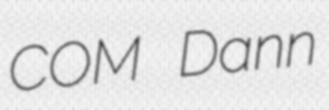
COM Dann